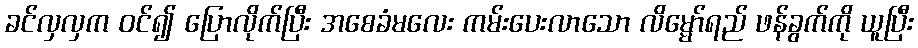
ခင်လှလှက ဝင်၍ ပြောလိုက်ပြီး အစေခံမလေး ကမ်းပေးလာသော လိမ္မော်ရည် ဖန်ခွက်ကို ယူပြီး